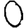
Digit: 0